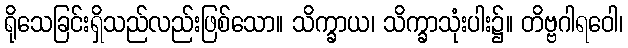
ရိုသေခြင်းရှိသည်လည်းဖြစ်သော။ သိက္ခာယ၊ သိက္ခာသုံးပါး၌။ တိဗ္ဗဂါရဝေါ၊